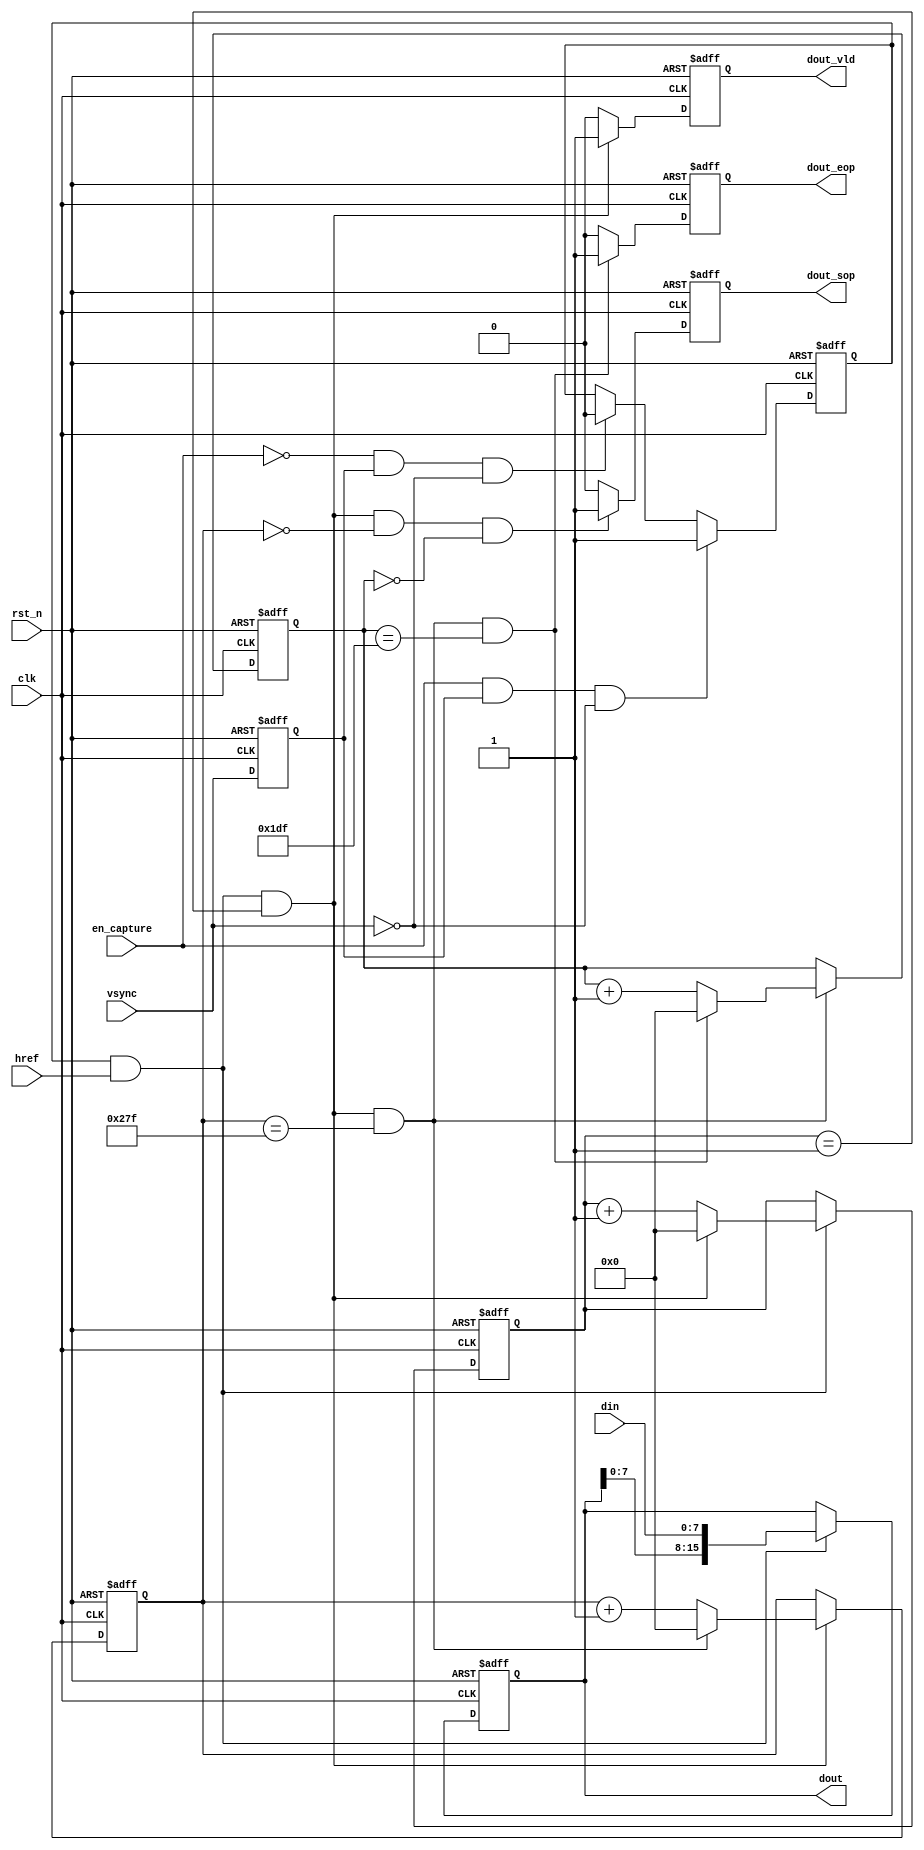
module cmos_capture(
    clk         ,
    rst_n       ,
    en_capture  ,
    vsync       ,
    href        ,
    din         ,
    dout        ,
    dout_vld    ,
    dout_sop    ,
    dout_eop     
);

    input          clk          ; 
    input          rst_n        ;
    input          en_capture   ;
    input          vsync        ;
    input          href         ;
    input  [7:0]   din          ;

    output reg  [15:0]  dout         ;
    output reg          dout_vld     ;
    output reg          dout_sop     ;
    output reg          dout_eop     ;

    reg             vsync_t1;
    reg  [31:0]     cnt0;
    wire            add_cnt0;
    wire            end_cnt0;

    reg  [31:0]     cnt1;
    wire            add_cnt1;
    wire            end_cnt1;

    reg  [31:0]     cnt2;
    wire            add_cnt2;
    wire            end_cnt2;

    reg             flag_capture;


    always  @(posedge clk or negedge rst_n)begin
        if(rst_n==1'b0)begin
            vsync_t1 <= 1'b0;
        end
        else begin
            vsync_t1 <= vsync;
        end
    end

   always  @(posedge clk or negedge rst_n)begin
        if(rst_n==1'b0)begin
            flag_capture <= 1'b0;
        end
        else if(en_capture && vsync_t1 && ~vsync)begin
            flag_capture <= 1'b1;
        end
        else if(en_capture == 1'b0 && vsync_t1 && ~vsync)begin
            flag_capture <= 1'b0;
        end
    end 

    always @(posedge clk or negedge rst_n)begin
        if(!rst_n)begin
            cnt0 <= 0;
        end
        else if(add_cnt0)begin
            if(end_cnt0)
                cnt0 <= 0;
            else
                cnt0 <= cnt0 + 1;
        end
    end

    assign add_cnt0 = (flag_capture == 1'b1 && href == 1'b1);
    assign end_cnt0 = add_cnt0 && cnt0== (2 - 1);

    always @(posedge clk or negedge rst_n)begin 
        if(!rst_n)begin
            cnt1 <= 0;
        end
        else if(add_cnt1)begin
            if(end_cnt1)
                cnt1 <= 0;
            else
                cnt1 <= cnt1 + 1;
        end
    end

    assign add_cnt1 = end_cnt0;
    assign end_cnt1 = add_cnt1 && cnt1== (640 - 1);

    always @(posedge clk or negedge rst_n)begin
        if(!rst_n)begin
            cnt2 <= 0;
        end
        else if(add_cnt2)begin
            if(end_cnt2)
                cnt2 <= 0;
            else
                cnt2 <= cnt2 + 1;
        end
    end

    assign add_cnt2 = end_cnt1;       
    assign end_cnt2 = add_cnt2 && cnt2== (480 - 1);   


    always  @(posedge clk or negedge rst_n)begin
        if(rst_n==1'b0)begin
            dout <= 16'h00; 
        end
        else if(add_cnt0)begin
            // for test
            //if(cnt2 > 16'd220 && cnt2 < 16'd230)begin
            //     dout <= 16'hffff;
            //end
            //else begin
            //    dout <= 16'h0000;
            //end
            dout <= {dout[7:0], din};
        end
    end

    always  @(posedge clk or negedge rst_n)begin
        if(rst_n==1'b0)begin
            dout_vld <= 1'b0;
        end
        else if(end_cnt0)begin
            dout_vld <= 1'b1;
        end
        else begin
            dout_vld <= 1'b0;
        end
    end

    always  @(posedge clk or negedge rst_n)begin
        if(rst_n==1'b0)begin
            dout_sop <= 1'b0;
        end
        else if(end_cnt0 && cnt1 == (1 - 1) && cnt2 == (1 - 1))begin
            dout_sop <= 1'b1;
        end
        else begin
            dout_sop <= 1'b0;
        end
    end


    always  @(posedge clk or negedge rst_n)begin
        if(rst_n==1'b0)begin
            dout_eop <= 1'b0;
        end
        else if(end_cnt2)begin
            dout_eop <= 1'b1;
        end
        else begin
            dout_eop <= 1'b0;
        end
    end


endmodule